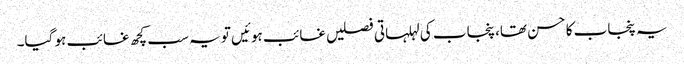
یہ پنجاب کا حسن تھا، پنجاب کی لہلہاتی فصلیں غائب ہوئیں تو یہ سب کچھ غائب ہو گیا۔